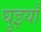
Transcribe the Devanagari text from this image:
घुइयाँ